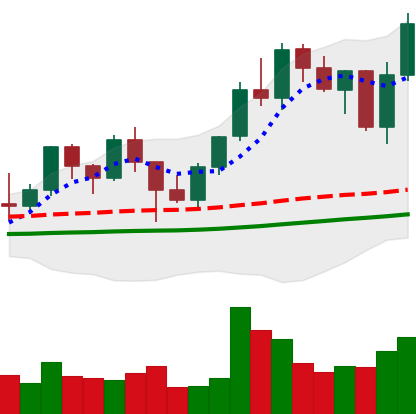
Ticker: LINK-USD
Chart end date: 2021-01-23
Forward return: -6.666%
Label: down_5_7